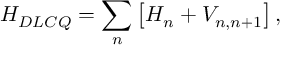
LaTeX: H _ { D L C Q } = \sum _ { n } \left[ H _ { n } + V _ { n , n + 1 } \right] ,